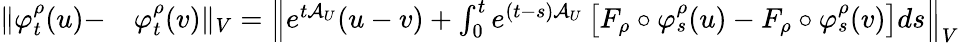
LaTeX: \begin{array}{rl}{\Vert\varphi_{t}^{\rho}(u)-}&{{}\varphi_{t}^{\rho}(v)\Vert_{V}=\left\Vert e^{t\mathcal{A}_{U}}(u-v)+\int_{0}^{t}e^{(t-s)\mathcal{A}_{U}}\left[F_{\rho}\circ\varphi_{s}^{\rho}(u)-F_{\rho}\circ\varphi_{s}^{\rho}(v)\right]ds\right\Vert_{V}}\end{array}